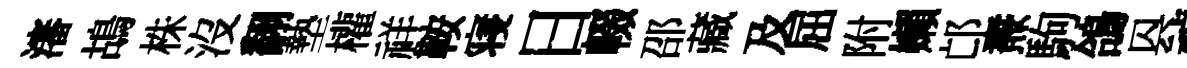
瀋鴣株沒翻墊權祥鞍寝日輟邵藏及屈附嬾邙燾駒鴿㒷禎